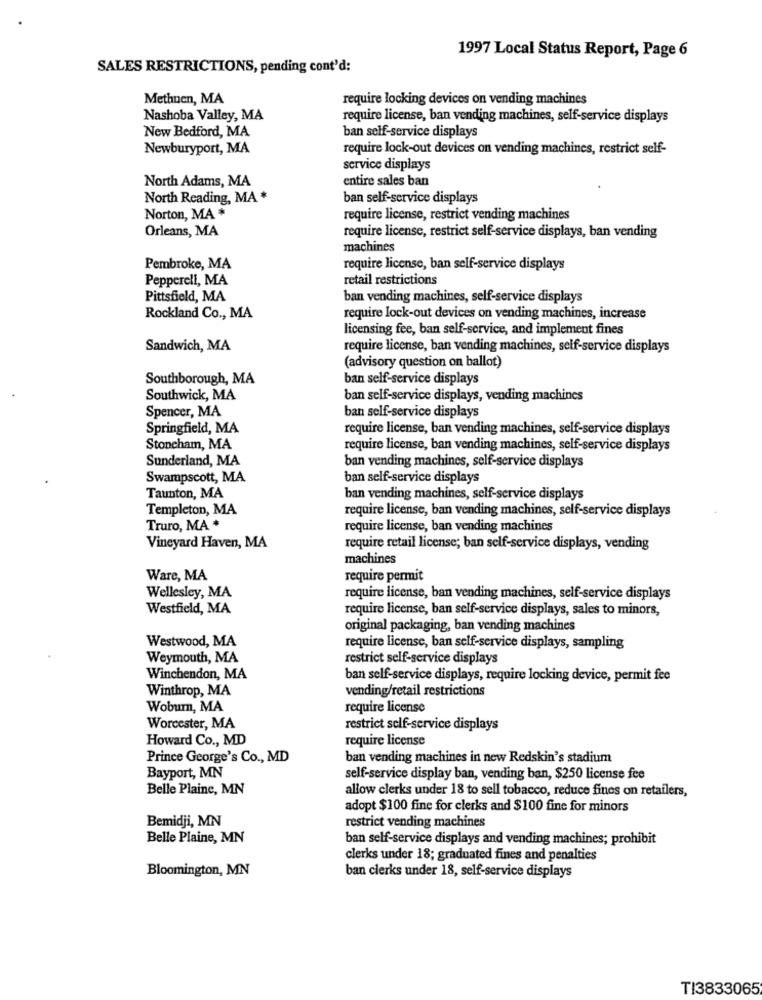
1997 Local Status Report, Page 6
SALES RESTRICTIONS, pending cont'd:
Methuen, MA
require locking devices on vending machines
Nashoba Valley, MA
require license, ban vending machines, self-service displays
New Bedford, MA
ban self-service displays
Newburyport, MA
require lock-out devices on vending machines, restrict self-
service displays
entire sales ban
North Adams, MA
North Reading, MA *
ban self-service displays
Norton, MA *
require license, restrict vending machines
Orleans, MA
require license, restrict self-service displays, ban vending
machines
Pembroke, MA
require license, ban self-service displays
Pepperell, MA
retail restrictions
Pittsfield, MA
ban vending machines, self-service displays
Rockland Co ., MA
require lock-out devices on vending machines, increase
licensing fee, ban self-service, and implement fines
Sandwich, MA
require license, ban vending machines, self-service displays
(advisory question on ballot)
Southborough, MA
ban self-service displays
Southwick, MA
ban self-service displays, vending machines
Spencer, MA
ban self-service displays
Springfield, MA
require license, ban vending machines, self-service displays
Stoncham, MA
require license, ban vending machines, self-service displays
Sunderland, MA
ban vending machines, self-service displays
Swampscott, MA
ban self-service displays
Taunton, MA
ban vending machines, self-service displays
Templeton, MA
require license, ban vending machines, self-service displays
Truro, MA *
require license, ban vending machines
Vineyard Haven, MA
require retail license; ban self-service displays, vending
machines
Ware, MA
require permit
Wellesley, MA
require license, ban vending machines, self-service displays
Westfield, MA
require license, ban self-service displays, sales to minors,
original packaging, ban vending machines
Westwood, MA
require license, ban self-service displays, sampling
Weymouth, MA
restrict self-service displays
Winchendon, MA
ban self-service displays, require locking device, permit fee
Winthrop, MA
vending/retail restrictions
Wobum, MA
require license
Worcester, MA
restrict self-service displays
Howard Co ., MD
require license
Prince George's Co ., MD
ban vending machines in new Redskin's stadium
Bayport, MN
self-service display ban, vending ban, $250 license fee
Belle Plaine, MN
allow clerks under 18 to sell tobacco, reduce fines on retailers,
adopt $100 fine for clerks and $100 fine for minors
Bemidji, MN
restrict vending machines
Belle Plaine, MN
ban self-service displays and vending machines; prohibit
clerks under 18; graduated fines and penalties
Bloomington, MN
ban clerks under 18, self-service displays
TI3833065